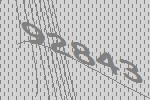
92843